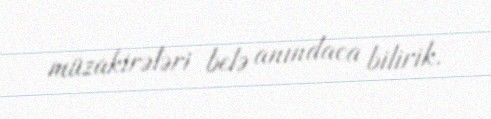
müzakirələri belə anındaca bilirik.